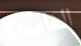
الفاسدة